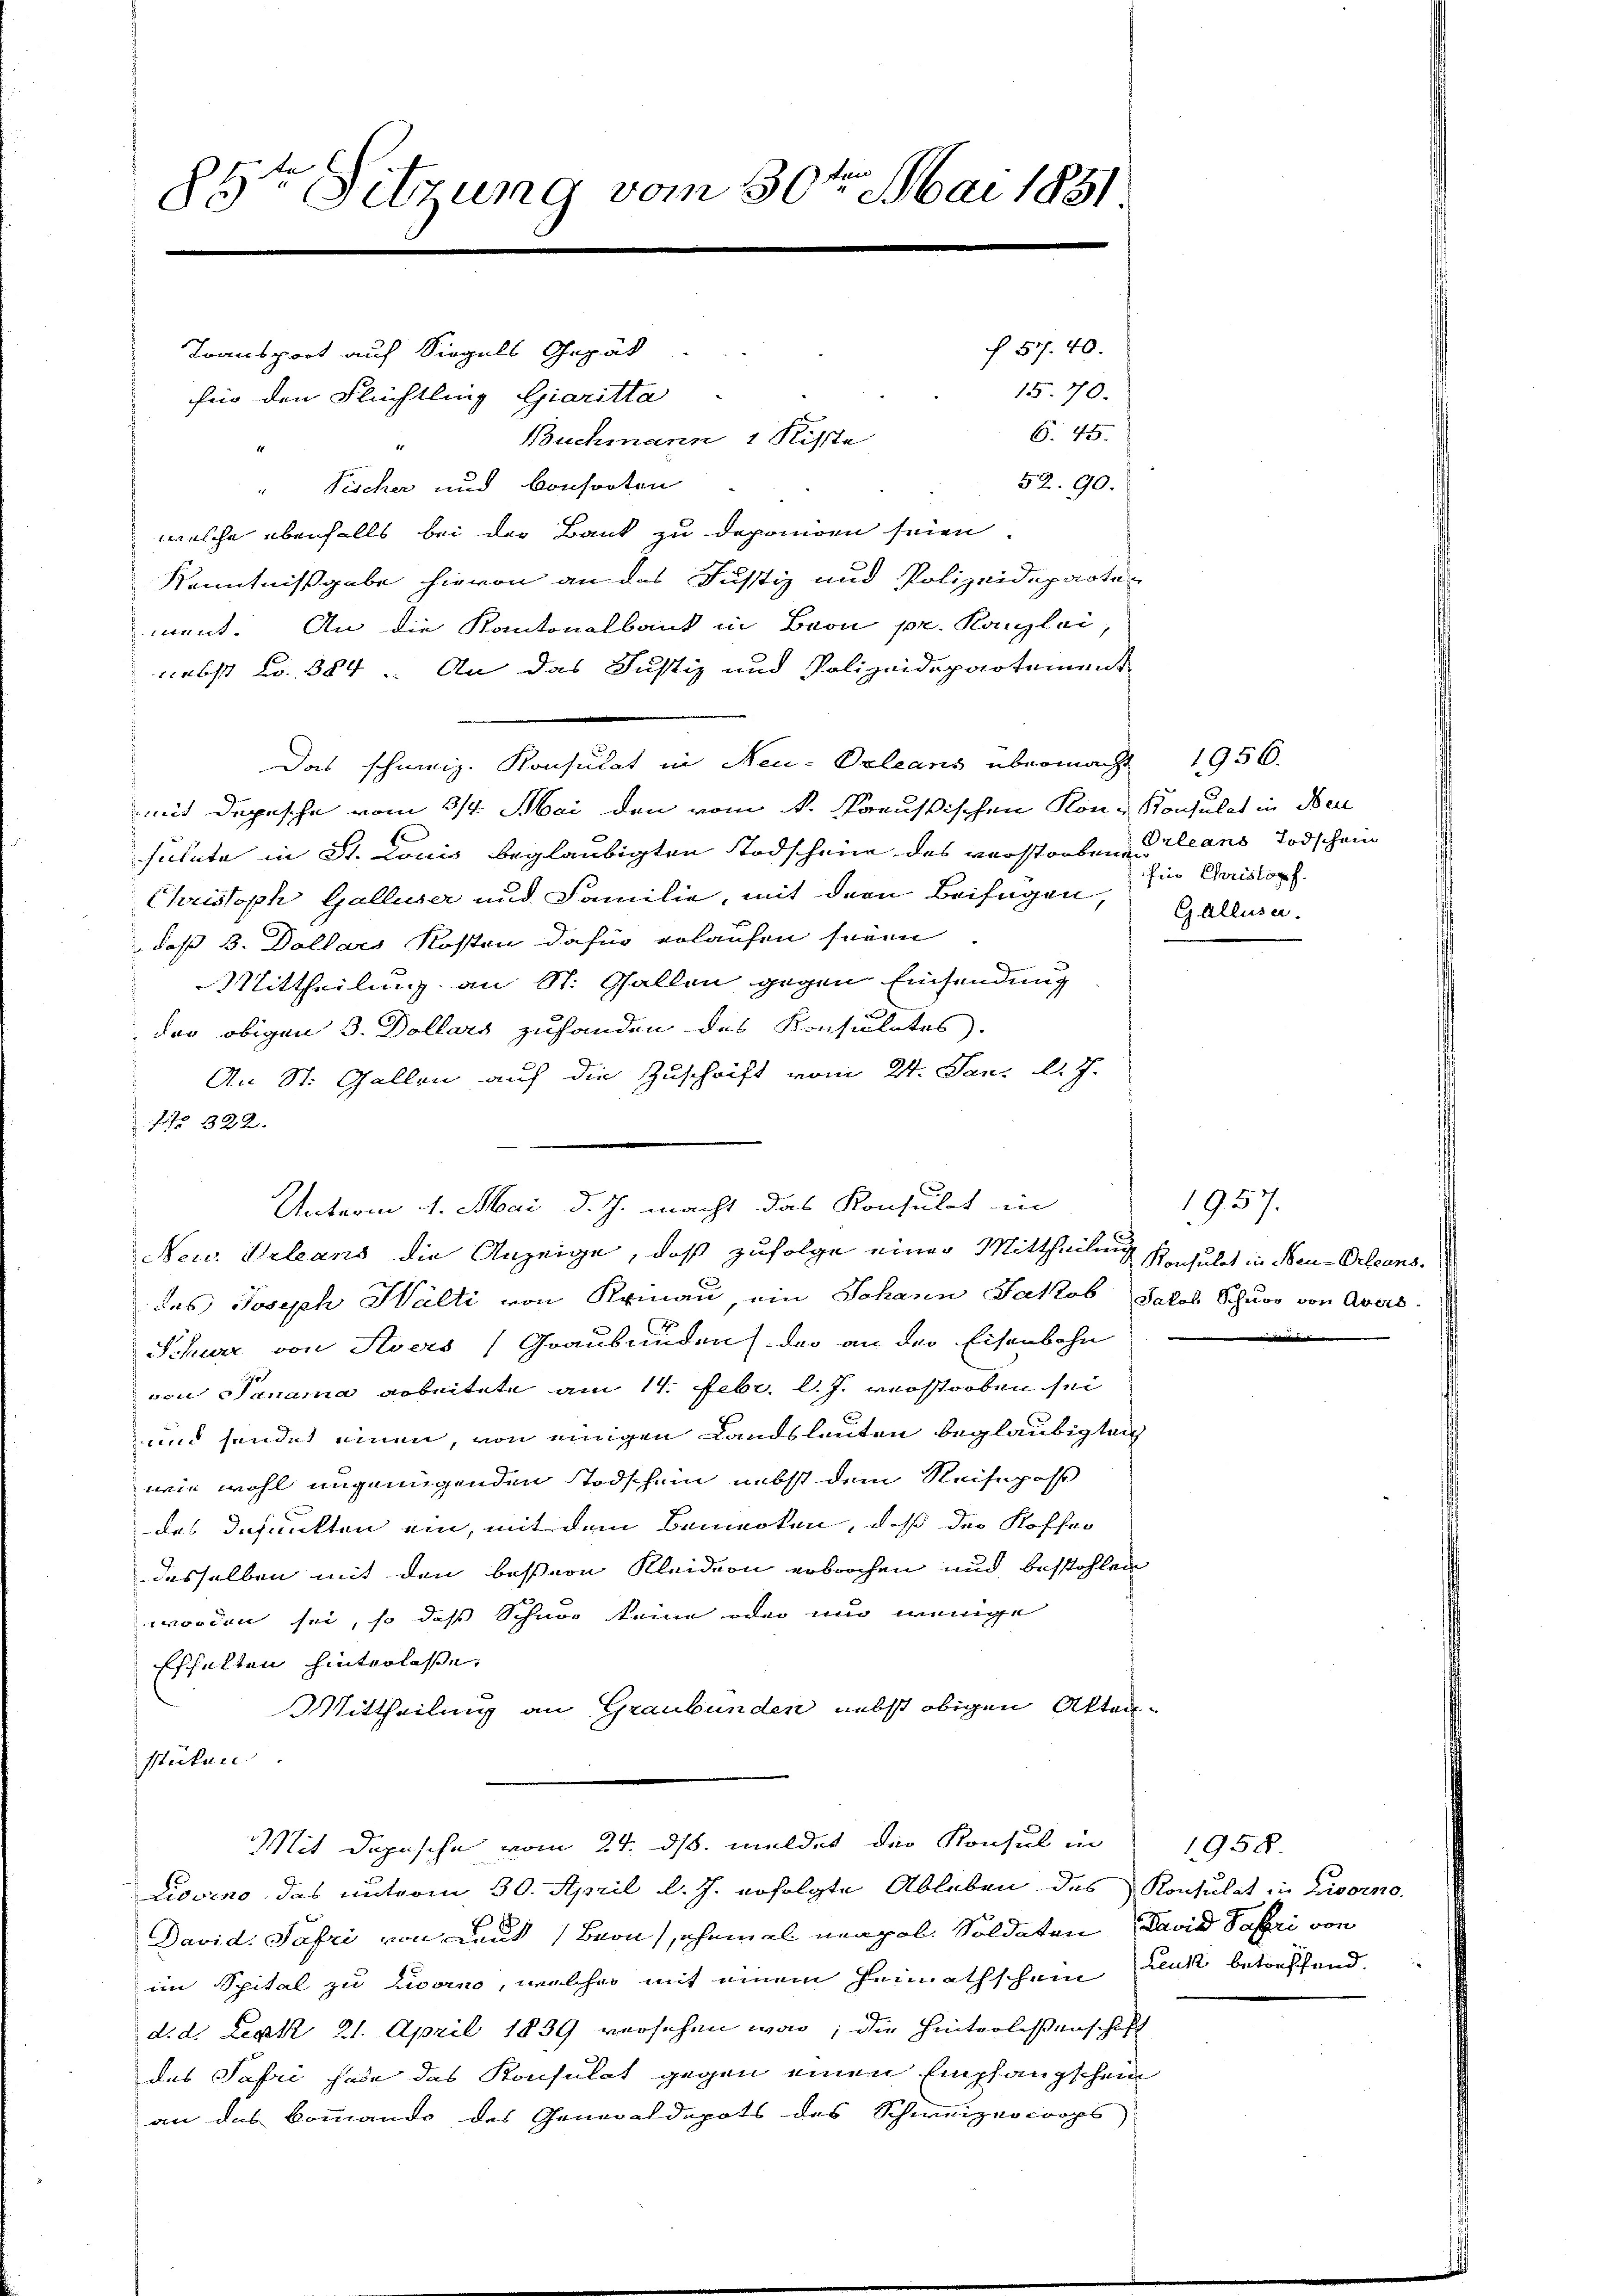
85te Sitzung vom 30ten Mai 1851

fin den Flüchtling Giaritta
" Pischer und Consorten

welche ebenfalls bei der Bank zu deponiren seien.
Kenntnißgabe hievon an das Justiz und Polizeideparten
ment. An die Kantonalbank in Beon pr. Kanzlei
nebst Fr. 384. An das Justiz und Polizeidepartement
Das schweiz. Konsulat in Neu-Orleans übermacht 1956.
mit Depesche vom 3/4. Mai den vom k. Preussischen Kon- Konsulat in den
sühnte in St. Lonis beglaubigten Todschein des verstorbene Erleans Todschein
Christoph Galluser und Familie, mit der Beifügen, Gallisa
daß b. Dollars Kosten dafür erlaufen seien
Mittheilung an St. Gallen gegen Einsendung
der obigen 3. Dollars zufanden des Konsulates
An St. Gallen auf die Zuschrift vom 24. Jan. l. J.
No 322.
New. Keleans die Anzeige, daß zufolge einer Mittheilung Konsulat in Neu-Orleans
des Joseph Wälti von Krinau, ein Johann Jakob Salob Schur von Avers
Schwer, von Stvers Graubünden der an der Eisenbahn
von Panama arbeitete am 14. Febr. l. J. verstorben sei
und sendet einen, von einigen Landsleuten beglaubigten
wie wohl ungenügenden Todschein nebst dem Reisepaß
des defunkten ein, mit dem Bemerken, daß der Koffen
desselben mit den bessere Kleidern erbrochen und bestohlen
worden sei, so daß Schnur keine oder nur wenige
fschalten hinterlasse,
Mittheilung an Graubünden nebst obigen Akten.
stücken
Mit Dopische vom 24. ds. meldet der Konsul in
Liovino das unterm 30. April l. J. erfolgte Ableben des Konsulat in Livorno.
David Safri von Laut Bern, ehemal neapol. Soldaten David Salei von
im Spital zu Livorno, welcher mit einem Heimathschein Lenk betreffend.
d. d. Lexk 21. April 1839 versehen war; die Hinterlesenschaft
des Safri habe das Konsulat gegen einen Empfangschein
an das kommando des Generaldepots des Schweizercrops

Transport auf Siegels Gepät

§ 57. 40.
15. 70.
6. 45.
Buchmann 1 Kiste
52. 90.

Unterm 4. Mai d. J. macht das Konsulat in

für Christopf

1957.

1958.